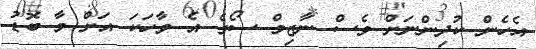
އެހެން ކުދިންނަށް ވެސް ނާޒިމް ސޯގެ އެ ވާހަކަ އަށް މާ ބޮޑު